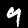
Label: 9